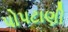
પોપટાણી